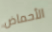
الأحماض